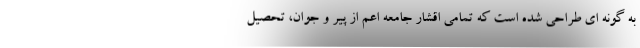
به گونه ای طراحی شده است که تمامی اقشار جامعه اعم از پیر و جوان، تحصیل